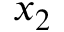
x _ { 2 }